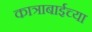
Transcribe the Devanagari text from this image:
कात्राबाईच्या